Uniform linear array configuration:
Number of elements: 8
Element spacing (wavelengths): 0.25
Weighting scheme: kaiser
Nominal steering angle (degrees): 15
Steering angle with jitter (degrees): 13.043
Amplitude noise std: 0.05
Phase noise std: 0.05

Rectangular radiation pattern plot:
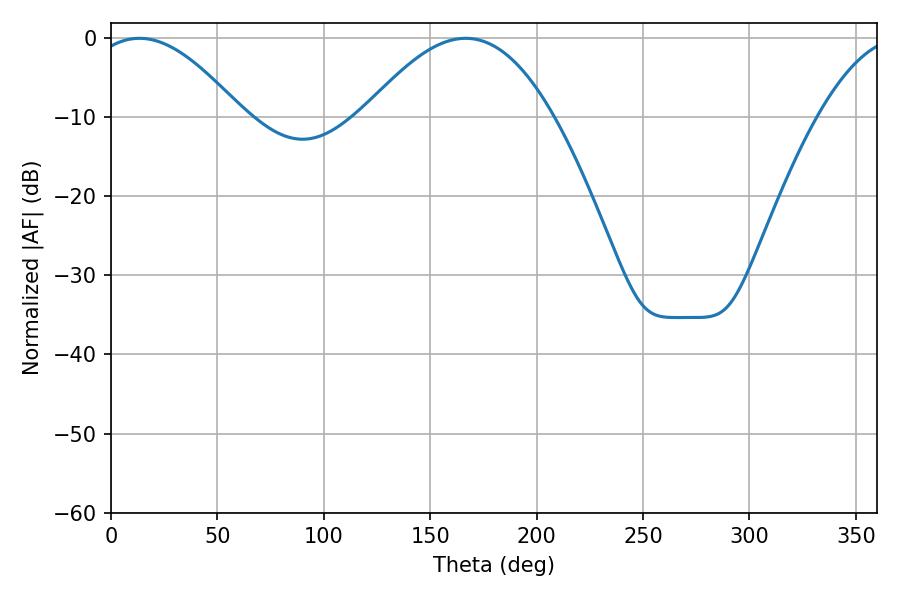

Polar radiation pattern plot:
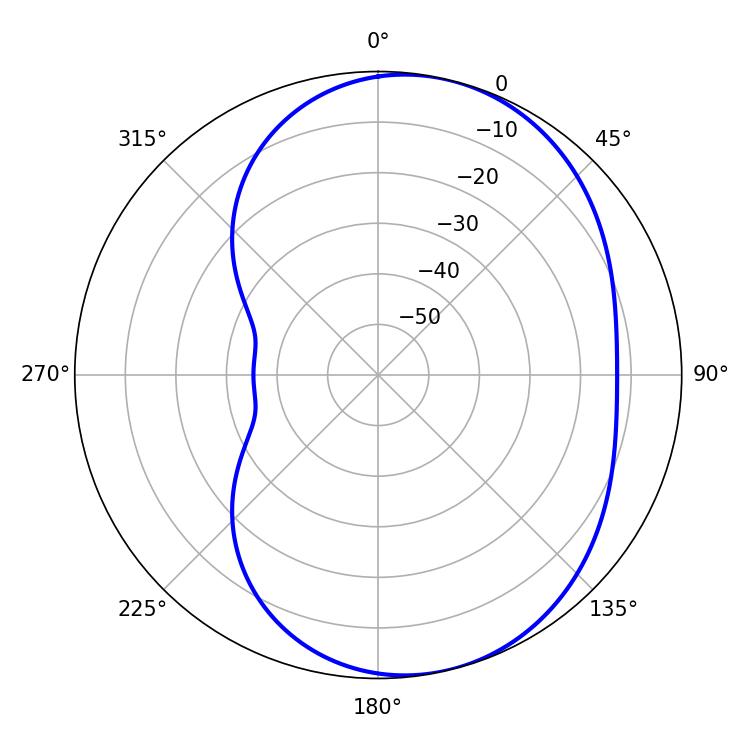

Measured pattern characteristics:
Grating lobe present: FALSE
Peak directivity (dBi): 5.981
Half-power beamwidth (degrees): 38.7
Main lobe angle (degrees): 13.32